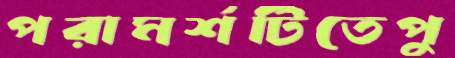
পরামর্শটিতেপু